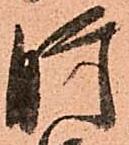
肝